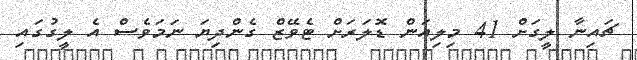
ޗައިނާ ލީގަށް 41 މިލިއަން ޑޮލަރަށް ޓެވޭޒް ގެންދިޔަ ނަމަވެސް އެ ލީގުގައި